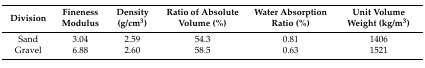
<table><thead><tr><td><b>Division</b></td><td><b>Fineness Modulus</b></td><td><b>Density (g/cm<sup>3</sup>)</b></td><td><b>Ratio of Absolute Volume (%)</b></td><td><b>Water Absorption Ratio (%)</b></td><td><b>Unit Volume Weight (kg/m<sup>3</sup>)</b></td></tr></thead><tbody><tr><td>Sand</td><td>3.04</td><td>2.59</td><td>54.3</td><td>0.81</td><td>1406</td></tr><tr><td>Gravel</td><td>6.88</td><td>2.60</td><td>58.5</td><td>0.63</td><td>1521</td></tr></tbody></table>